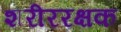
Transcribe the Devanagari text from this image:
शरीररक्षक